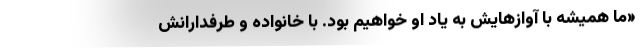
«ما همیشه با آوازهایش به یاد او خواهیم بود. با خانواده و طرفدارانش